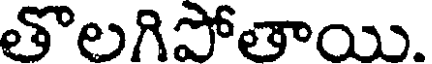
తొలగిపోతాయి.